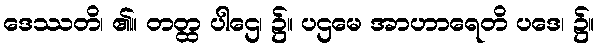
ဒေဿတိ၊ ၏။ တတ္ထ ပါဌေ၊ ၌။ ပဌမေ အာဟာရေတိ ပဒေ၊ ၌။